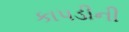
કાપડીની